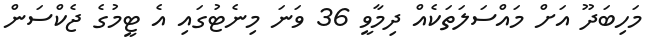
މަހިބަދޫ އަށް މައްސަލަތަކެއް ދިމާވީ 36 ވަނަ މިނެޓުގައި އެ ޓީމުގެ ޖެކްސަން